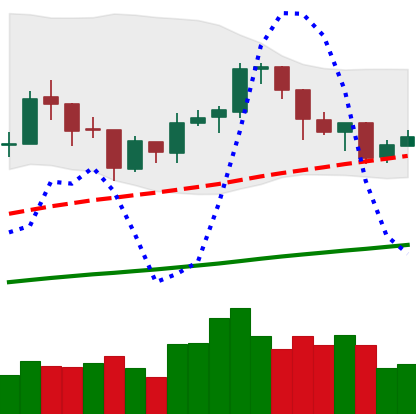
Ticker: BTC-USD
Chart end date: 2018-01-13
Forward return: -20.092%
Label: down_7plus